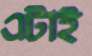
এটাই